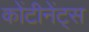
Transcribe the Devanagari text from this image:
कोंटीनेंट्स